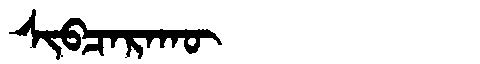
Manchu: ᠰᡳᠪᠴᠠᡵᠠᡴᡡ
Romanization: SIBCARAKŪ